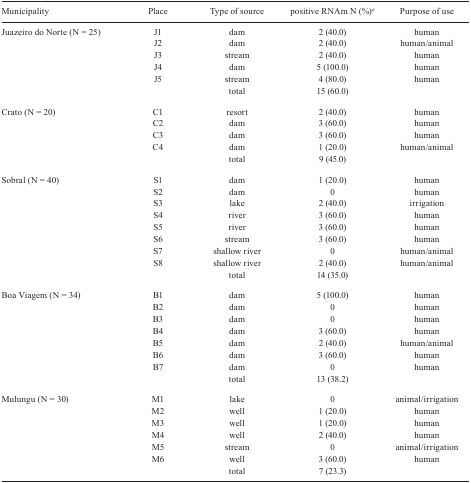
<table><thead><tr><td><b>Municipality</b></td><td><b>Place</b></td><td><b>Type of source</b></td><td><b>positive RNAm N (%)<sup>a</sup></b></td><td><b>Purpose of use</b></td></tr></thead><tbody><tr><td>Juazeiro do Norte (N = 25)</td><td>J1</td><td>dam</td><td>2 (40.0)</td><td>human</td></tr><tr><td></td><td>J2</td><td>dam</td><td>2 (40.0)</td><td>human/animal</td></tr><tr><td></td><td>J3</td><td>stream</td><td>2 (40.0)</td><td>human</td></tr><tr><td></td><td>J4</td><td>dam</td><td>5 (100.0)</td><td>human</td></tr><tr><td></td><td>J5</td><td>stream</td><td>4 (80.0)</td><td>human</td></tr><tr><td></td><td></td><td>total</td><td>15 (60.0)</td><td></td></tr><tr><td>Crato (N = 20)</td><td>C1</td><td>resort</td><td>2 (40.0)</td><td>human</td></tr><tr><td></td><td>C2</td><td>dam</td><td>3 (60.0)</td><td>human</td></tr><tr><td></td><td>C3</td><td>dam</td><td>3 (60.0)</td><td>human</td></tr><tr><td></td><td>C4</td><td>dam</td><td>1 (20.0)</td><td>human/animal</td></tr><tr><td></td><td></td><td>total</td><td>9 (45.0)</td><td></td></tr><tr><td>Sobral (N = 40)</td><td>S1</td><td>dam</td><td>1 (20.0)</td><td>human</td></tr><tr><td></td><td>S2</td><td>dam</td><td>0</td><td>human</td></tr><tr><td></td><td>S3</td><td>lake</td><td>2 (40.0)</td><td>irrigation</td></tr><tr><td></td><td>S4</td><td>river</td><td>3 (60.0)</td><td>human</td></tr><tr><td></td><td>S5</td><td>river</td><td>3 (60.0)</td><td>human</td></tr><tr><td></td><td>S6</td><td>stream</td><td>3 (60.0)</td><td>human</td></tr><tr><td></td><td>S7</td><td>shallow river</td><td>0</td><td>human/animal</td></tr><tr><td></td><td>S8</td><td>shallow river</td><td>2 (40.0)</td><td>human/animal</td></tr><tr><td></td><td></td><td>total</td><td>14 (35.0)</td><td></td></tr><tr><td>Boa Viagem (N = 34)</td><td>B1</td><td>dam</td><td>5 (100.0)</td><td>human</td></tr><tr><td></td><td>B2</td><td>dam</td><td>0</td><td>human</td></tr><tr><td></td><td>B3</td><td>dam</td><td>0</td><td>human</td></tr><tr><td></td><td>B4</td><td>dam</td><td>3 (60.0)</td><td>human</td></tr><tr><td></td><td>B5</td><td>dam</td><td>2 (40.0)</td><td>human/animal</td></tr><tr><td></td><td>B6</td><td>dam</td><td>3 (60.0)</td><td>human</td></tr><tr><td></td><td>B7</td><td>dam</td><td>0</td><td>human</td></tr><tr><td></td><td></td><td>total</td><td>13 (38.2)</td><td></td></tr><tr><td>Mulungu (N = 30)</td><td>M1</td><td>lake</td><td>0</td><td>animal/irrigation</td></tr><tr><td></td><td>M2</td><td>well</td><td>1 (20.0)</td><td>human</td></tr><tr><td></td><td>M3</td><td>well</td><td>1 (20.0)</td><td>human</td></tr><tr><td></td><td>M4</td><td>well</td><td>2 (40.0)</td><td>human</td></tr><tr><td></td><td>M5</td><td>stream</td><td>0</td><td>animal/irrigation</td></tr><tr><td></td><td>M6</td><td>well</td><td>3 (60.0)</td><td>human</td></tr><tr><td></td><td></td><td>total</td><td>7 (23.3)</td><td></td></tr></tbody></table>